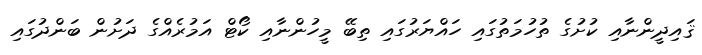
ޤައިދީންނާއި ކުށުގެ ތުހުމަތުގައި ހައްޔަރުގައި ތިބޭ މީހުންނާއި ކޯޓް އަމުރެއްގެ ދަށުން ބަންދުގައި